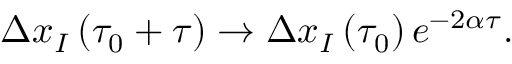
\Delta x _ { I } \left( \tau _ { 0 } + \tau \right) \rightarrow \Delta x _ { I } \left( \tau _ { 0 } \right) e ^ { - 2 \alpha \tau } .